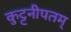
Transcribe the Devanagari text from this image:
कुट्टनीपतम्